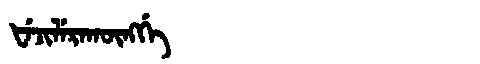
Manchu: ᡶᡝᠵᡳᠯᡝᡵᠠᡴᡡᠩᡤᡝ
Romanization: FEJILERAKŪNGGE